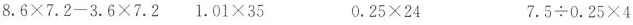
$$8 . 6 \times 7.2 - 3 . 6 \times 7 . 2$$ $$1 . 0 1 \times 3 5$$ $$0 . 2 5 \times 2 4$$ $$7 . 5 \div 0.25 \times 4$$